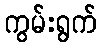
ကွမ်းရွက်